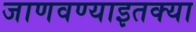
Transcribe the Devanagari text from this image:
जाणवण्याइतक्या